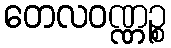
တေလဝဏ္ဏဉ္စ